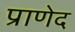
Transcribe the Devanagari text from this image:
प्राणेद